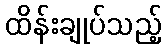
ထိန်းချုပ်သည့်